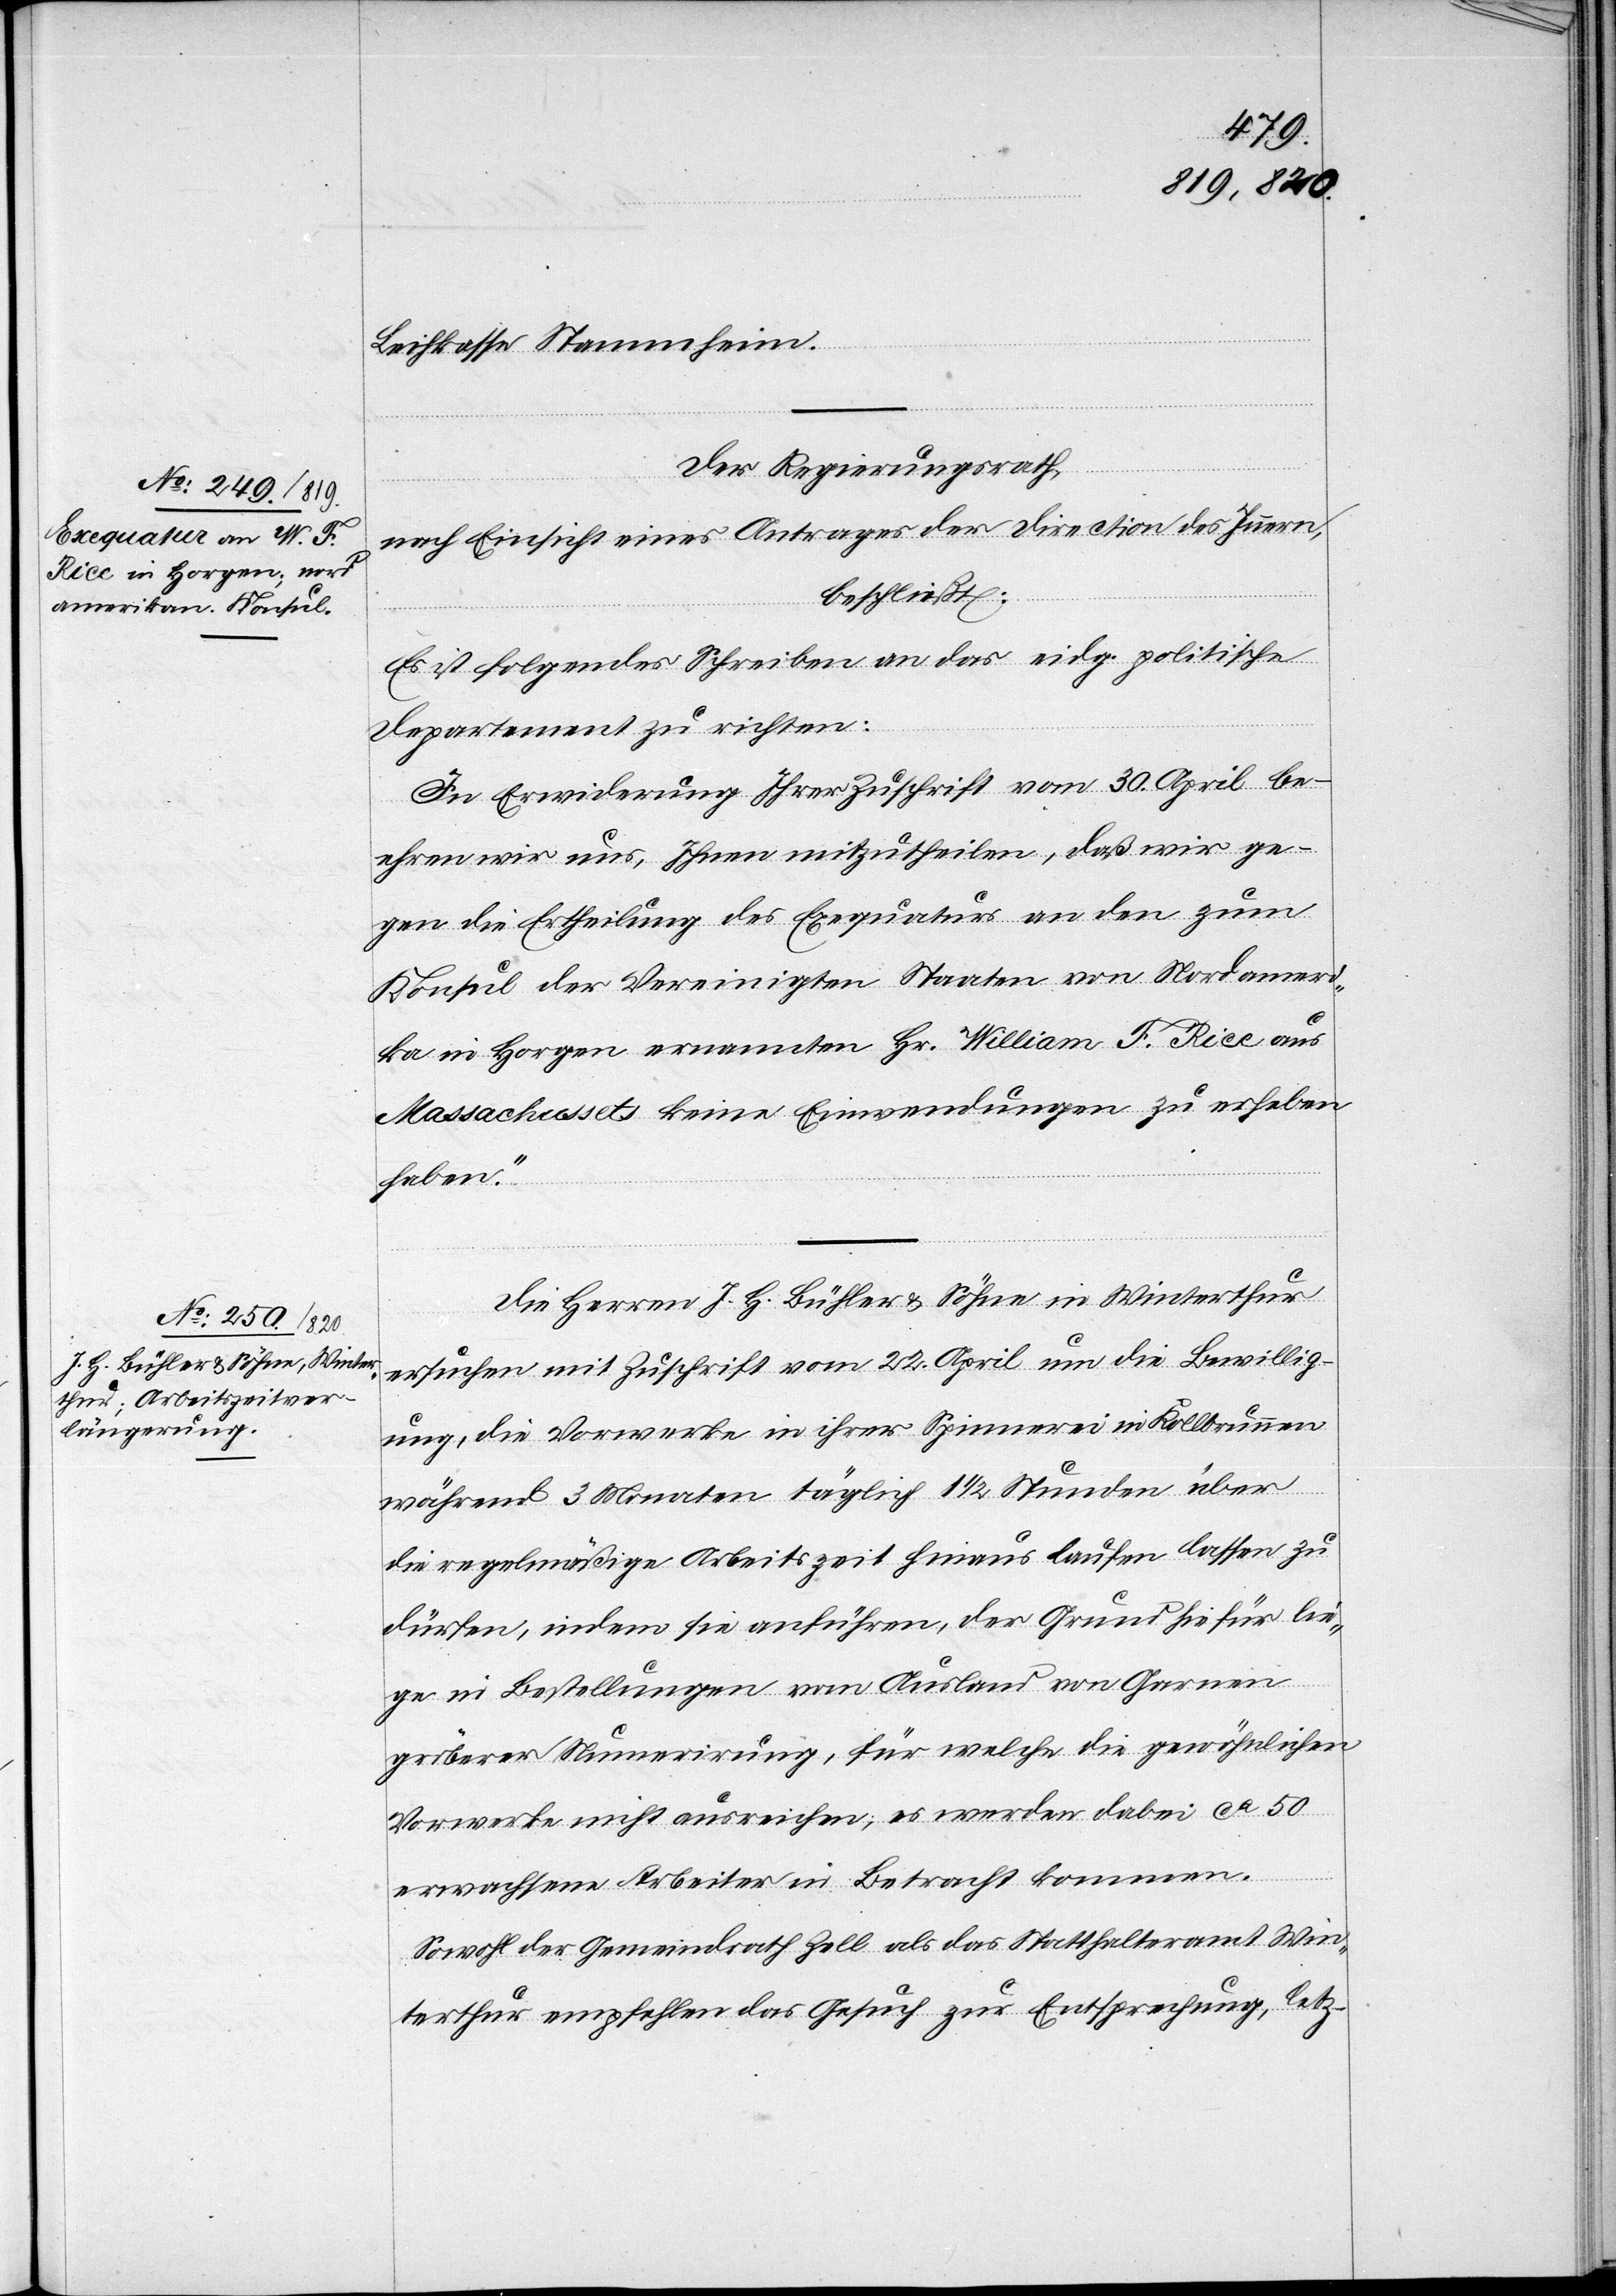
Leihkasse Stammheim.
Der Regierungsrath,
nach Einsicht eines Antrages der Direction des Innern,
beschließt:
„Es ist folgendes Schreiben an das eidg. politische
Departement zu richten:
In Erwiderung Ihrer Zuschrift vom 30. April be¬
ehren wir uns, Ihnen mitzutheilen, daß wir ge¬
gen die Ertheilung des Exequaturs an den zum
Konsul der Vereinigten Staaten von Nordameri¬
ka in Horgen ernannten Hr. William F. Rice aus
Massachussets [sic!] keine Einwendungen zu erheben
haben.“
Die Herren J. H. Bühler & Söhne in Winterthur
ersuchen mit Zuschrift vom 22. April um die Bewillig¬
ung, die Vorwerke in ihrer Spinnerei in Kollbrunnen
während 3 Monaten täglich um 1 1/2 Stunden über
die regelmäßige Arbeitszeit hinaus laufen lassen zu
dürfen, indem sie anführen, der Grund hiefür lie¬
ge in Bestellungen vom Ausland von Garnen
gröberer Nummerirung, für welche die gewöhnlichen
Vorwerke nicht ausreichen; es werden dabei ca 50
erwachsene Arbeiter in Betracht kommen.
Sowohl der Gemeindrath Zell als das Statthalteramt Win¬
terthur empfehlen das Gesuch zur Entsprechung, letz-